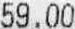
59.00